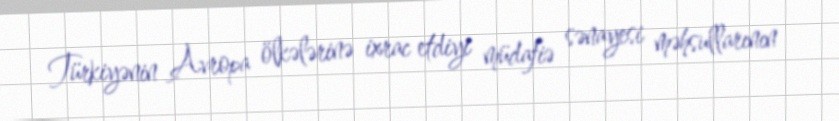
Türkiyənin Avropa ölkələrinə ixrac etdiyi müdafiə sənayesi məhsullarının